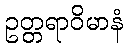
ဥတ္တရာဝိမာနံ